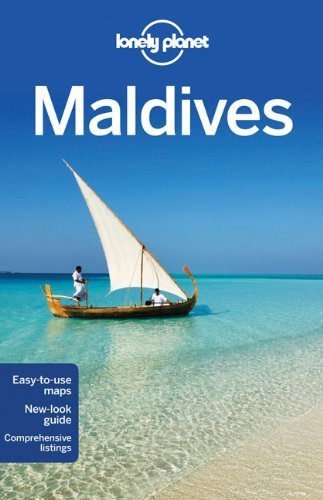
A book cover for Lonely Planet Maldives (Travel Guide) by Lonely Planet, Masters (2012) Paperback; Travel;